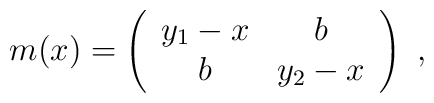
m(x) = \left(  \begin{array}{cc}y_1-x & b\\b & y_2-x\end {array}\right)~,